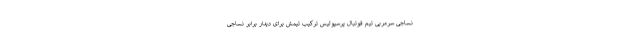
نساجی سرمربی تیم فوتبال پرسپولیس ترکیب تیمش برای دیدار برابر نساجی